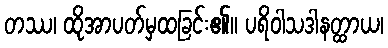
တဿ၊ ထိုအာပတ်မှထခြင်း၏။ ပရိဝါသဒါနတ္ထာယ၊